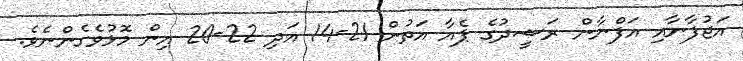
އަޖުފާނާއި އަފްނާން ރަޝީދުގެ ޕެއާ އަތުން 21-14 އަދި 22-20 އިން މޮޅުވެގެންނެވެ.